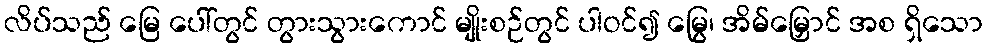
လိပ်သည် မြေ ပေါ်တွင် တွားသွားကောင် မျိုးစဉ်တွင် ပါဝင်၍ မြွေ၊ အိမ်မြှောင် အစ ရှိသော